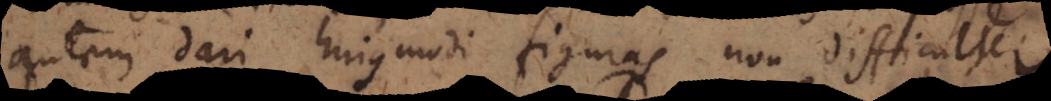
autem dari hujusmodi figuras non difficulter